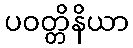
ပဝတ္တိနိယာ